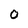
Character: O